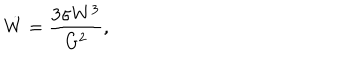
\dot { W } = \frac { 3 \sigma W ^ { 3 } } { G ^ { 2 } } ,